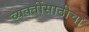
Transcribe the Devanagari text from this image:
व्यक्तींसाठीचा